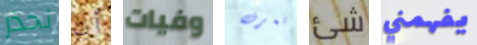
نحذر أن وفيات تعرف شئ يفهمني